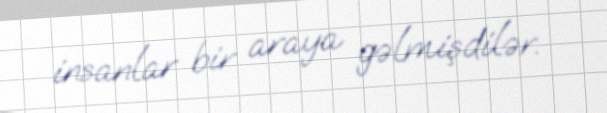
insanlar bir araya gəlmişdilər.